Leaving Certificate Examination, 1915
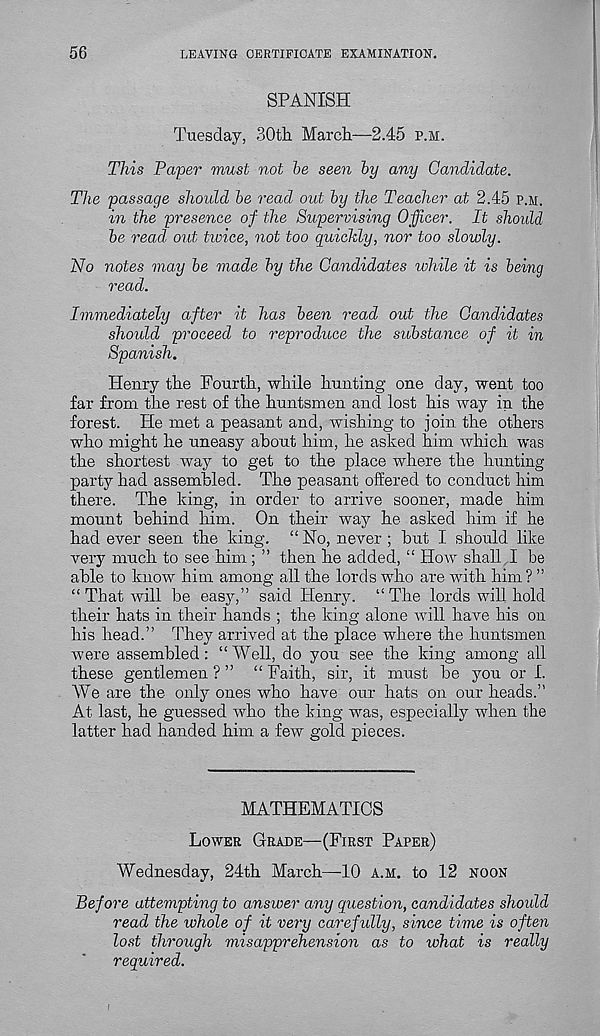
56
LEAVING CERTIFICATE EXAMINATION.
SPANISH
Tuesday, 30th March—2.45 p.m.
This Paper must not be seen by any Candidate.
The passage should be read out by the Teacher at 2.45 p.m.
in the presence of the Supervising Officer. It should
be read out tioice, not too quickly, nor too slowly.
No notes may be made by the Candidates while it is being
read.
Immediately after it has been read out the Candidates
should proceed to reproduce the substance of it in
Spanish.
Henry the Fourth, while hunting one day, went too
far from the rest of the huntsmen and lost his way in the
forest. He met a peasant and, wishing to join the others
who might he uneasy about him, he asked him which was
the shortest way to get to the place where the hunting
party had assembled. The peasant offered to conduct him
there. The king, in order to arrive sooner, made him
mount behind him. On their waj^ he asked him if he
had ever seen the king. “ No, never ; but I should like
very much to see him ; ” then he added, “ How shall I be
able to know him among all the lords who are with him ? ”
“ That will be easy,” said Henry. “The lords will hold
their hats in their hands ; the king alone will have his on
his head.” They arrived at the place where the huntsmen
were assembled : “ Well, do you see the king among all
these gentlemen ? ” “ Faith, sir, it must be you or f.
We are the only ones who have our hats on our heads.”
At last, he guessed who the king was, especially when the
latter had handed him a few gold pieces.
MATHEMATICS
Lower Grade—(First Paper)
Wednesday, 24th March—10 a.m. to 12 noon
Before attempting to answer any question, candidates should
read the whole of it very carefully, since time is often
lost through misapprehension as to what is really
required.